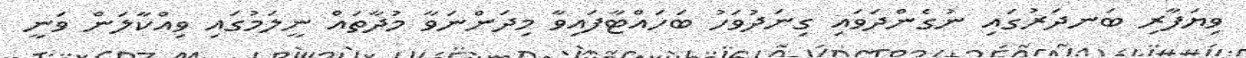
ވިޔަފާރި ބަނދަރުގައި ނުގެންދަވައި ގިނަދުވަހު ބަހައްޓާފައިވާ މިދަންނަވާ މުދާތައް ނީލަމުގައި ވިއްކާލަން ވަނީ